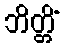
ဘိတ္တိံ